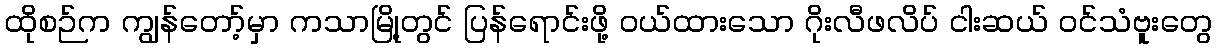
ထိုစဉ်က ကျွန်တော့်မှာ ကသာမြို့တွင် ပြန်ရောင်းဖို့ ဝယ်ထားသော ဂိုးလီဖလိပ် ငါးဆယ် ဝင်သံဗူးတွေ